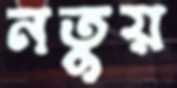
নতুয়